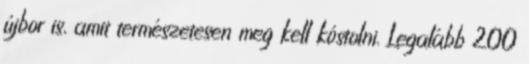
újbor is, amit természetesen meg kell kóstolni. Legalább 200